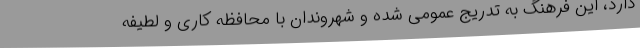
دارد، این فرهنگ به تدریج عمومی شده و شهروندان با محافظه کاری و لطیفه